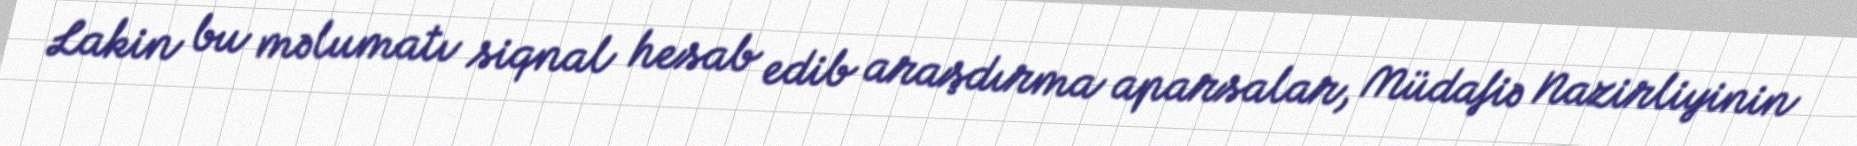
Lakin bu məlumatı siqnal hesab edib araşdırma aparsalar, Müdafiə Nazirliyinin